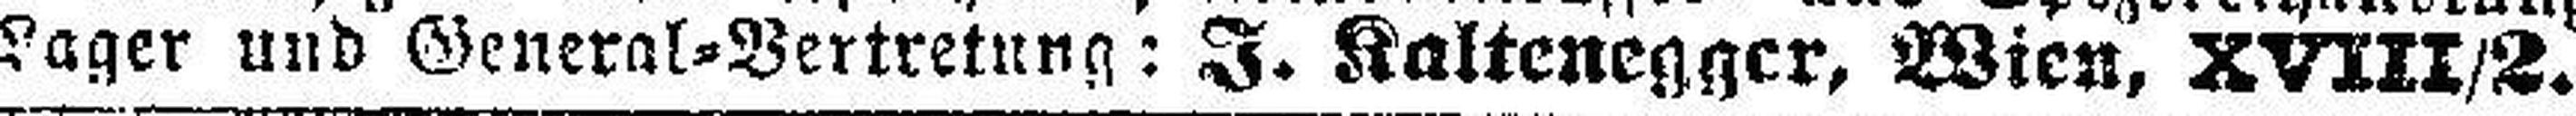
Lager und General=Vertretung: J. Kaltenegger, Wien, XVIII/2.